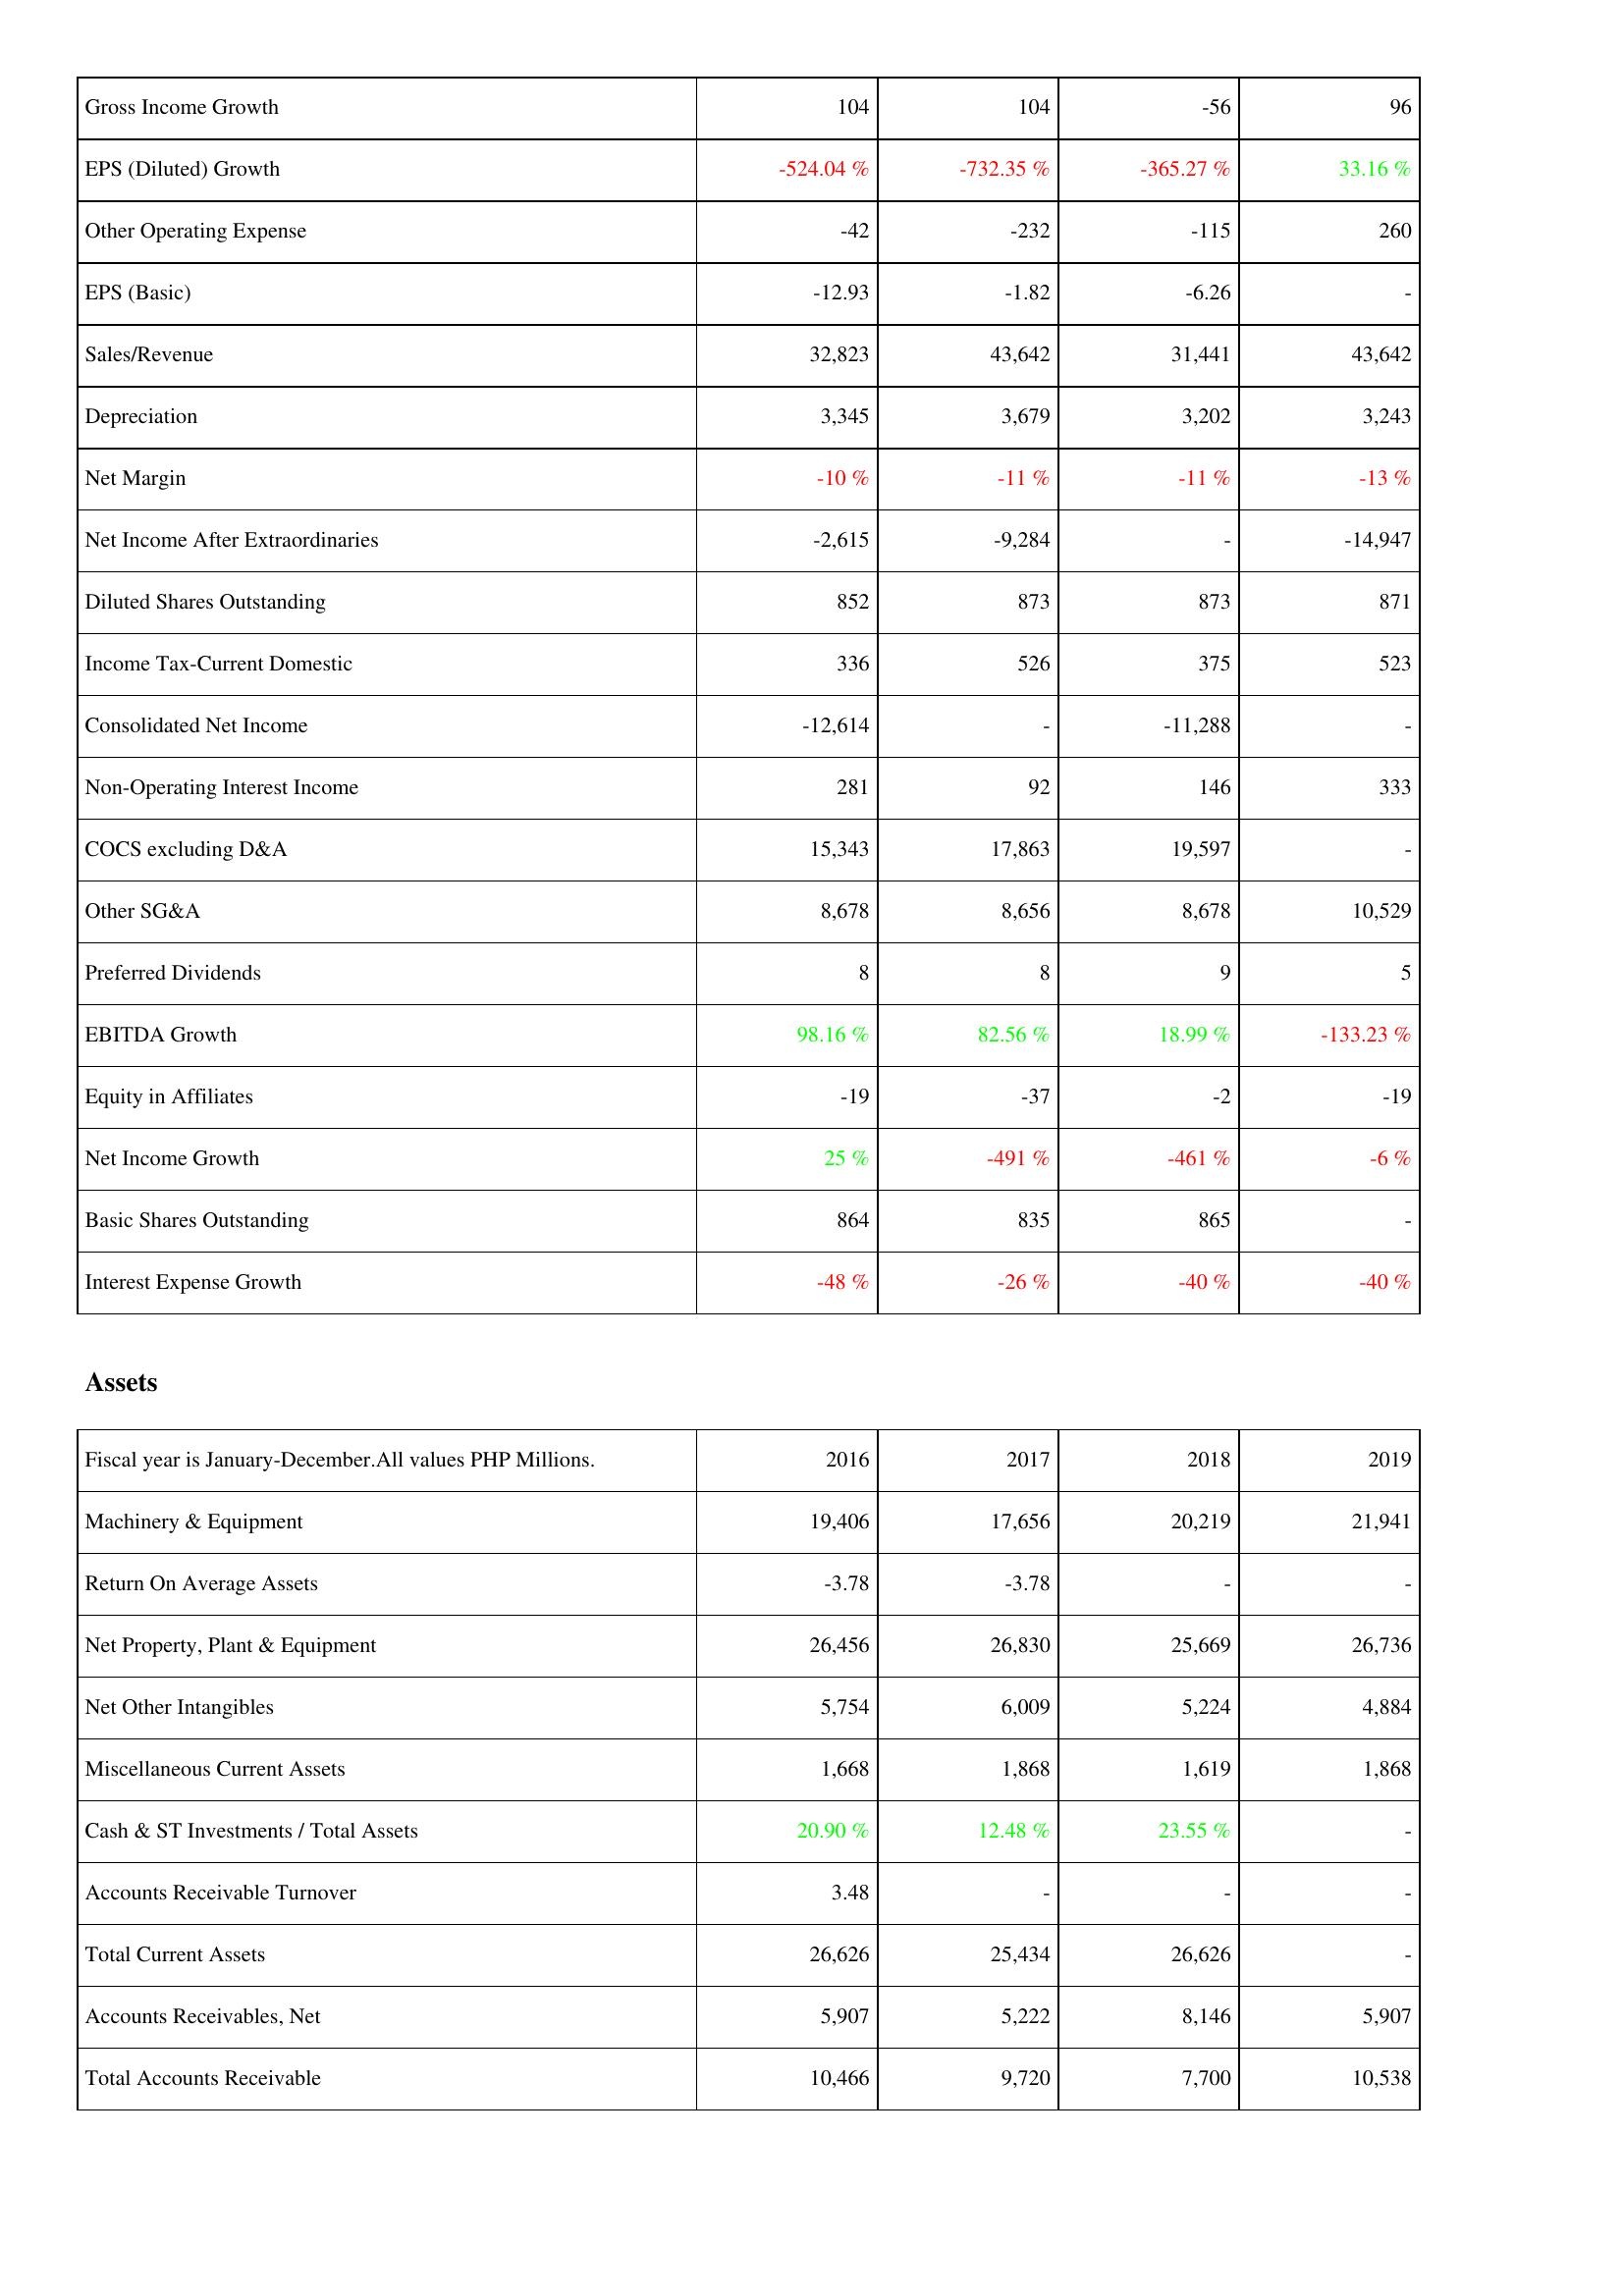
2016: Income Statement: Gross Income Growth: 104
EPS (Diluted) Growth: -524.04 %
Other Operating Expense: -42
EPS (Basic): -12.93
Sales/Revenue: 32,823
Depreciation: 3,345
Net Margin: -10 %
Net Income After Extraordinaries: -2,615
Diluted Shares Outstanding: 852
Income Tax-Current Domestic: 336
Consolidated Net Income: -12,614
Non-Operating Interest Income: 281
COCS excluding D&A: 15,343
Other SG&A: 8,678
Preferred Dividends: 8
EBITDA Growth: 98.16 %
Equity in Affiliates: -19
Net Income Growth: 25 %
Basic Shares Outstanding: 864
Interest Expense Growth: -48 %
Assets: Machinery & Equipment: 19,406
Return On Average Assets: -3.78
Net Property, Plant & Equipment: 26,456
Net Other Intangibles: 5,754
Miscellaneous Current Assets: 1,668
Cash & ST Investments / Total Assets: 20.90 %
Accounts Receivable Turnover: 3.48
Total Current Assets: 26,626
Accounts Receivables, Net: 5,907
Total Accounts Receivable: 10,466
2017: Income Statement: Gross Income Growth: 104
EPS (Diluted) Growth: -732.35 %
Other Operating Expense: -232
EPS (Basic): -1.82
Sales/Revenue: 43,642
Depreciation: 3,679
Net Margin: -11 %
Net Income After Extraordinaries: -9,284
Diluted Shares Outstanding: 873
Income Tax-Current Domestic: 526
Consolidated Net Income: -
Non-Operating Interest Income: 92
COCS excluding D&A: 17,863
Other SG&A: 8,656
Preferred Dividends: 8
EBITDA Growth: 82.56 %
Equity in Affiliates: -37
Net Income Growth: -491 %
Basic Shares Outstanding: 835
Interest Expense Growth: -26 %
Assets: Machinery & Equipment: 17,656
Return On Average Assets: -3.78
Net Property, Plant & Equipment: 26,830
Net Other Intangibles: 6,009
Miscellaneous Current Assets: 1,868
Cash & ST Investments / Total Assets: 12.48 %
Accounts Receivable Turnover: -
Total Current Assets: 25,434
Accounts Receivables, Net: 5,222
Total Accounts Receivable: 9,720
2018: Income Statement: Gross Income Growth: -56
EPS (Diluted) Growth: -365.27 %
Other Operating Expense: -115
EPS (Basic): -6.26
Sales/Revenue: 31,441
Depreciation: 3,202
Net Margin: -11 %
Net Income After Extraordinaries: -
Diluted Shares Outstanding: 873
Income Tax-Current Domestic: 375
Consolidated Net Income: -11,288
Non-Operating Interest Income: 146
COCS excluding D&A: 19,597
Other SG&A: 8,678
Preferred Dividends: 9
EBITDA Growth: 18.99 %
Equity in Affiliates: -2
Net Income Growth: -461 %
Basic Shares Outstanding: 865
Interest Expense Growth: -40 %
Assets: Machinery & Equipment: 20,219
Return On Average Assets: -
Net Property, Plant & Equipment: 25,669
Net Other Intangibles: 5,224
Miscellaneous Current Assets: 1,619
Cash & ST Investments / Total Assets: 23.55 %
Accounts Receivable Turnover: -
Total Current Assets: 26,626
Accounts Receivables, Net: 8,146
Total Accounts Receivable: 7,700
2019: Income Statement: Gross Income Growth: 96
EPS (Diluted) Growth: 33.16 %
Other Operating Expense: 260
EPS (Basic): -
Sales/Revenue: 43,642
Depreciation: 3,243
Net Margin: -13 %
Net Income After Extraordinaries: -14,947
Diluted Shares Outstanding: 871
Income Tax-Current Domestic: 523
Consolidated Net Income: -
Non-Operating Interest Income: 333
COCS excluding D&A: -
Other SG&A: 10,529
Preferred Dividends: 5
EBITDA Growth: -133.23 %
Equity in Affiliates: -19
Net Income Growth: -6 %
Basic Shares Outstanding: -
Interest Expense Growth: -40 %
Assets: Machinery & Equipment: 21,941
Return On Average Assets: -
Net Property, Plant & Equipment: 26,736
Net Other Intangibles: 4,884
Miscellaneous Current Assets: 1,868
Cash & ST Investments / Total Assets: -
Accounts Receivable Turnover: -
Total Current Assets: -
Accounts Receivables, Net: 5,907
Total Accounts Receivable: 10,538